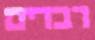
רבדים